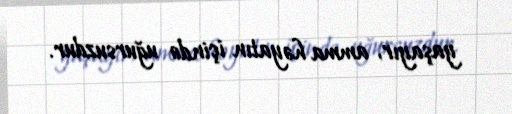
yaşayır, amma həyatın içində uğursuzdur.